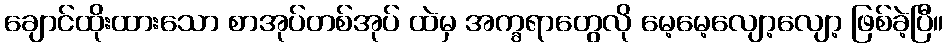
ချောင်ထိုးထားသော စာအုပ်တစ်အုပ် ထဲမှ အက္ခရာတွေလို မေ့မေ့လျော့လျော့ ဖြစ်ခဲ့ပြီ။